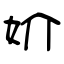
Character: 妎